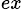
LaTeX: _{ex}